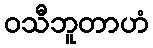
ဝသီဘူတာဟံ